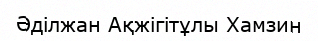
Әділжан Ақжігітұлы Хамзин